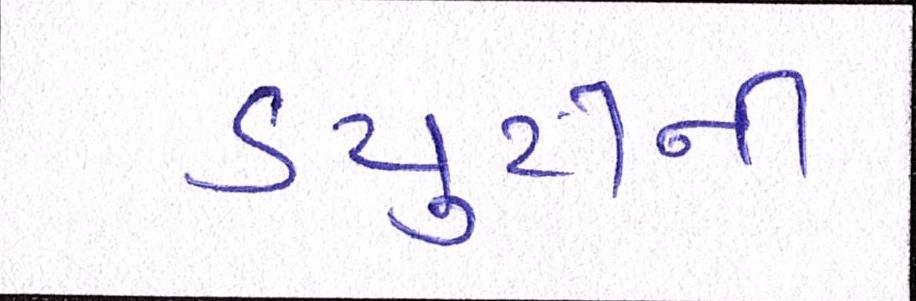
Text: ડયુટીની